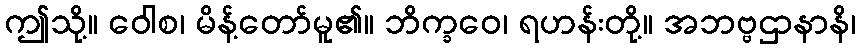
ဤသို့။ ဝေါစ၊ မိန့်တော်မူ၏။ ဘိက္ခဝေ၊ ရဟန်းတို့။ အဘဗ္ဗဌာနာနိ၊